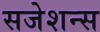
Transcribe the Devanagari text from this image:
सजेशन्स